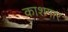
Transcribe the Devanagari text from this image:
काशगार